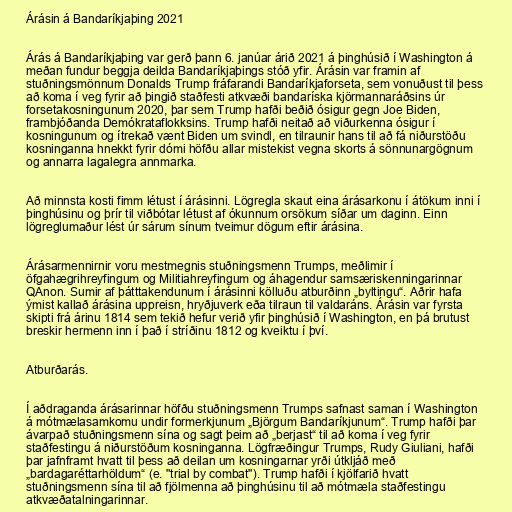
Árásin á Bandaríkjaþing 2021

Árás á Bandaríkjaþing var gerð þann 6. janúar árið 2021 á þinghúsið í Washington á
meðan fundur beggja deilda Bandaríkjaþings stóð yfir. Árásin var framin af
stuðningsmönnum Donalds Trump fráfarandi Bandaríkjaforseta, sem vonuðust til þess
að koma í veg fyrir að þingið staðfesti atkvæði bandaríska kjörmannaráðsins úr
forsetakosningunum 2020, þar sem Trump hafði beðið ósigur gegn Joe Biden,
frambjóðanda Demókrataflokksins. Trump hafði neitað að viðurkenna ósigur í
kosningunum og ítrekað vænt Biden um svindl, en tilraunir hans til að fá niðurstöðu
kosninganna hnekkt fyrir dómi höfðu allar mistekist vegna skorts á sönnunargögnum
og annarra lagalegra annmarka.

Að minnsta kosti fimm létust í árásinni. Lögregla skaut eina árásarkonu í átökum inni í
þinghúsinu og þrír til viðbótar létust af ókunnum orsökum síðar um daginn. Einn
lögreglumaður lést úr sárum sínum tveimur dögum eftir árásina.

Árásarmennirnir voru mestmegnis stuðningsmenn Trumps, meðlimir í
öfgahægrihreyfingum og Militiahreyfingum og áhagendur samsæriskenningarinnar
QAnon. Sumir af þátttakendunum í árásinni kölluðu atburðinn „byltingu“. Aðrir hafa
ýmist kallað árásina uppreisn, hryðjuverk eða tilraun til valdaráns. Árásin var fyrsta
skipti frá árinu 1814 sem tekið hefur verið yfir þinghúsið í Washington, en þá brutust
breskir hermenn inn í það í stríðinu 1812 og kveiktu í því.

Atburðarás.

Í aðdraganda árásarinnar höfðu stuðningsmenn Trumps safnast saman í Washington
á mótmælasamkomu undir formerkjunum „Björgum Bandaríkjunum“. Trump hafði þar
ávarpað stuðningsmenn sína og sagt þeim að „berjast“ til að koma í veg fyrir
staðfestingu á niðurstöðum kosninganna. Lögfræðingur Trumps, Rudy Giuliani, hafði
þar jafnframt hvatt til þess að deilan um kosningarnar yrði útkljáð með
„bardagaréttarhöldum“ (e. "trial by combat"). Trump hafði í kjölfarið hvatt
stuðningsmenn sína til að fjölmenna að þinghúsinu til að mótmæla staðfestingu
atkvæðatalningarinnar.